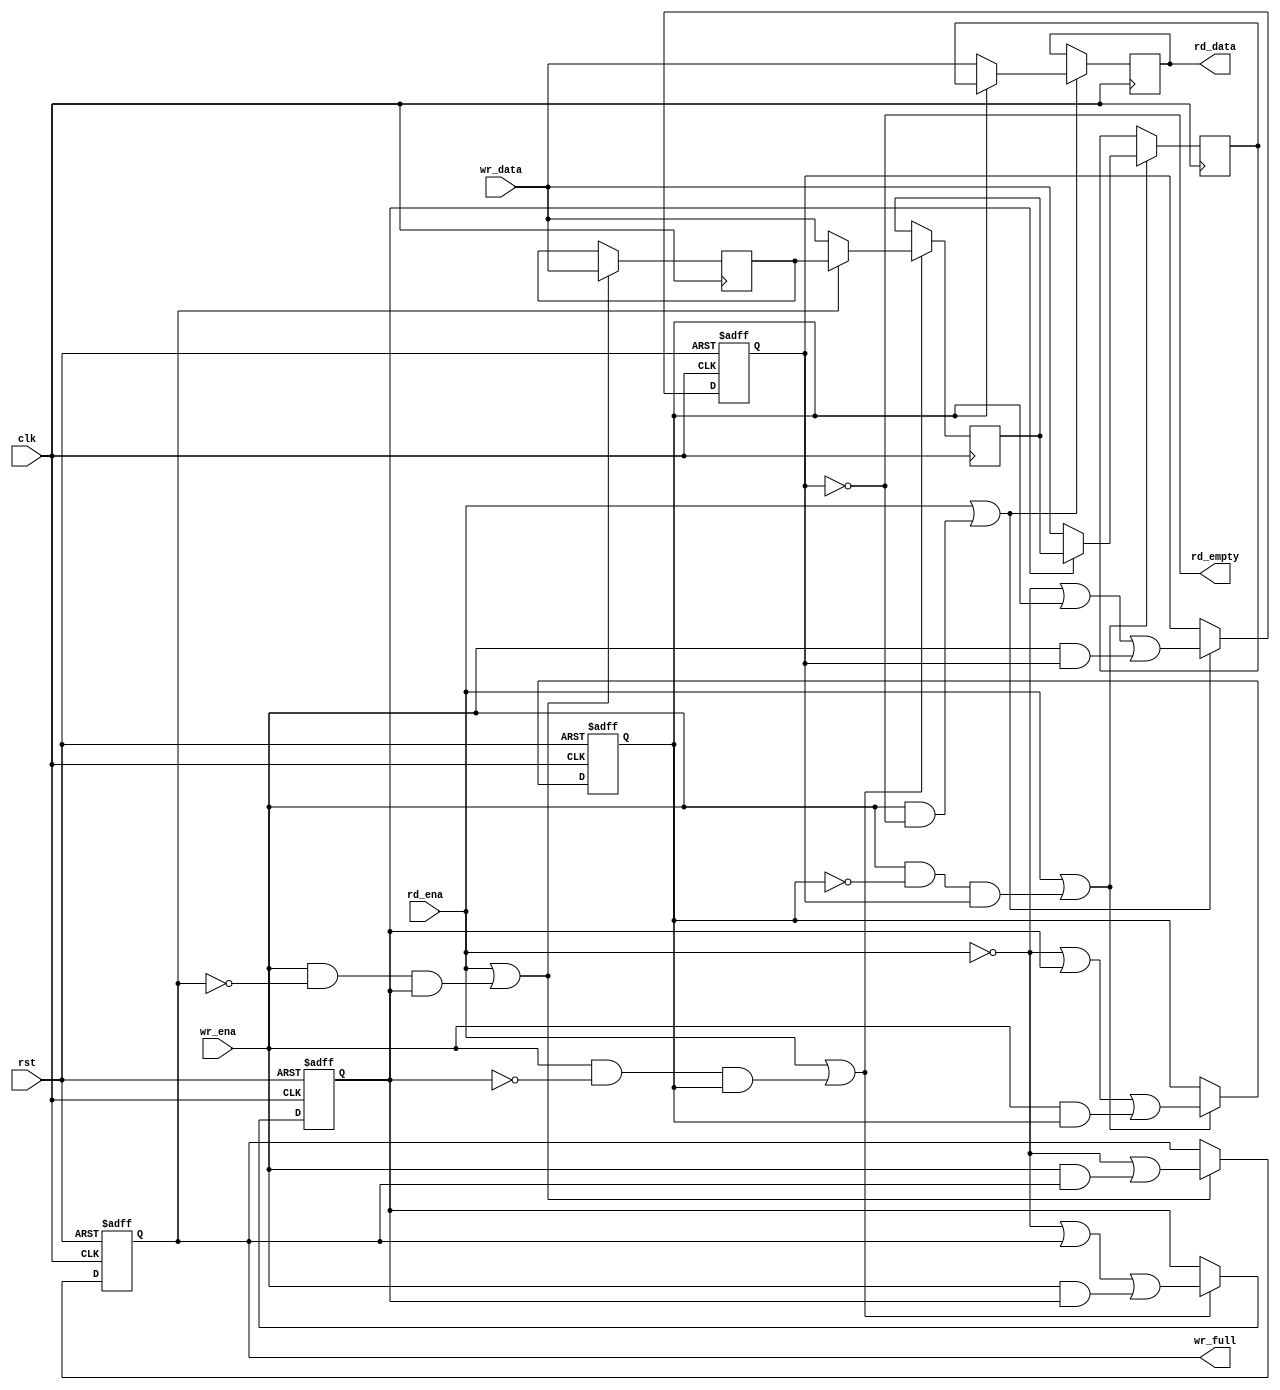
// This program was cloned from: https://github.com/tinyvision-ai-inc/Vision-FPGA-SoM
// License: MIT License

/*
 * fifo_sync_shift.v
 *
 * vim: ts=4 sw=4
 *
 * Copyright (C) 2019  Sylvain Munaut <tnt@246tNt.com>
 * All rights reserved.
 *
 * BSD 3-clause, see LICENSE.bsd
 *
 * Redistribution and use in source and binary forms, with or without
 * modification, are permitted provided that the following conditions are met:
 *     * Redistributions of source code must retain the above copyright
 *       notice, this list of conditions and the following disclaimer.
 *     * Redistributions in binary form must reproduce the above copyright
 *       notice, this list of conditions and the following disclaimer in the
 *       documentation and/or other materials provided with the distribution.
 *     * Neither the name of the <organization> nor the
 *       names of its contributors may be used to endorse or promote products
 *       derived from this software without specific prior written permission.
 *
 * THIS SOFTWARE IS PROVIDED BY THE COPYRIGHT HOLDERS AND CONTRIBUTORS "AS IS" AND
 * ANY EXPRESS OR IMPLIED WARRANTIES, INCLUDING, BUT NOT LIMITED TO, THE IMPLIED
 * WARRANTIES OF MERCHANTABILITY AND FITNESS FOR A PARTICULAR PURPOSE ARE
 * DISCLAIMED. IN NO EVENT SHALL <COPYRIGHT HOLDER> BE LIABLE FOR ANY
 * DIRECT, INDIRECT, INCIDENTAL, SPECIAL, EXEMPLARY, OR CONSEQUENTIAL DAMAGES
 * (INCLUDING, BUT NOT LIMITED TO, PROCUREMENT OF SUBSTITUTE GOODS OR SERVICES;
 * LOSS OF USE, DATA, OR PROFITS; OR BUSINESS INTERRUPTION) HOWEVER CAUSED AND
 * ON ANY THEORY OF LIABILITY, WHETHER IN CONTRACT, STRICT LIABILITY, OR TORT
 * (INCLUDING NEGLIGENCE OR OTHERWISE) ARISING IN ANY WAY OUT OF THE USE OF THIS
 * SOFTWARE, EVEN IF ADVISED OF THE POSSIBILITY OF SUCH DAMAGE.
 */

`default_nettype none

module fifo_sync_shift #(
	parameter integer DEPTH =  4,
	parameter integer WIDTH = 16
)(
	input  wire [WIDTH-1:0] wr_data,
	input  wire wr_ena,
	output wire wr_full,

	output wire [WIDTH-1:0] rd_data,
	input  wire rd_ena,
	output wire rd_empty,

	input  wire clk,
	input  wire rst
);

	// Signals
	// -------

	wire  [DEPTH+1:0] ce;
	wire  [DEPTH+1:0] valid;
	wire  [WIDTH-1:0] data [DEPTH+1:0];


	// Stages
	// ------

	// Generate loop
	genvar i;

	generate
		for (i=1; i<=DEPTH; i=i+1)
		begin : stage
			// Local signals
			reg [WIDTH-1:0] l_data;
			reg l_valid;

			// Data register
			always @(posedge clk)
				if (ce[i])
					l_data <= valid[i+1] ? data[i+1] : wr_data;

			// Valid flag
			always @(posedge clk or posedge rst)
				if (rst)
					l_valid <= 1'b0;
				else if (ce[i])
					l_valid <= ~rd_ena | valid[i+1] | (wr_ena & valid[i]);

			// CE for this stage
			assign ce[i] = rd_ena | (wr_ena & ~valid[i] & valid[i-1]);

			// Map
			assign data[i]  = l_data;
			assign valid[i] = l_valid;
		end
	endgenerate

	// Boundary conditions
	assign data[DEPTH+1] = wr_data;
	assign data[0] = { WIDTH{1'bx} };

	assign valid[DEPTH+1] = 1'b0;
	assign valid[0] = 1'b1;

	assign ce[DEPTH+1] = 1'bx;
	assign ce[0] = 1'bx;


	// User IF
	// -------

	assign wr_full = valid[DEPTH];

	assign rd_empty = ~valid[1];
	assign rd_data  = data[1];

endmodule // fifo_sync_shift